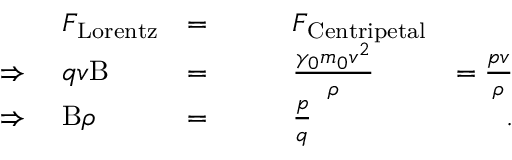
\begin{array} { r l r l r } & { F _ { \mathrm { L o r e n t z } } } & { = } & { \qquad F _ { \mathrm { C e n t r i p e t a l } } } & \\ { \Rightarrow \; } & { q v \mathrm { B } } & { = } & { \qquad \frac { \gamma _ { 0 } m _ { 0 } v ^ { 2 } } { \rho } } & { = \frac { p v } { \rho } } \\ { \Rightarrow \; } & { \mathrm { B } \rho } & { = } & { \qquad \frac { p } { q } } & { \; . } \end{array}